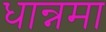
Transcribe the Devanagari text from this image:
धान्नमा